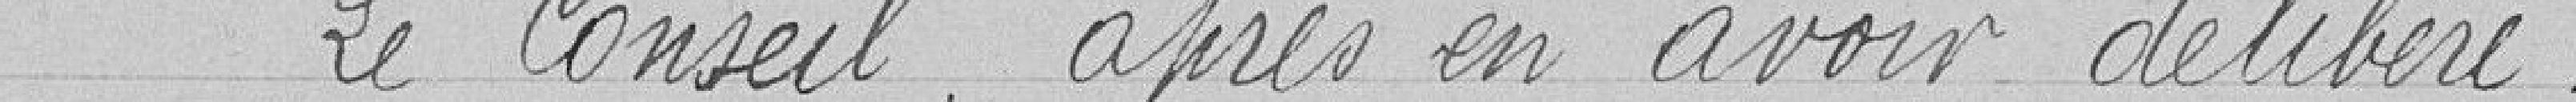
Le Conseil, après avoir délibéré,